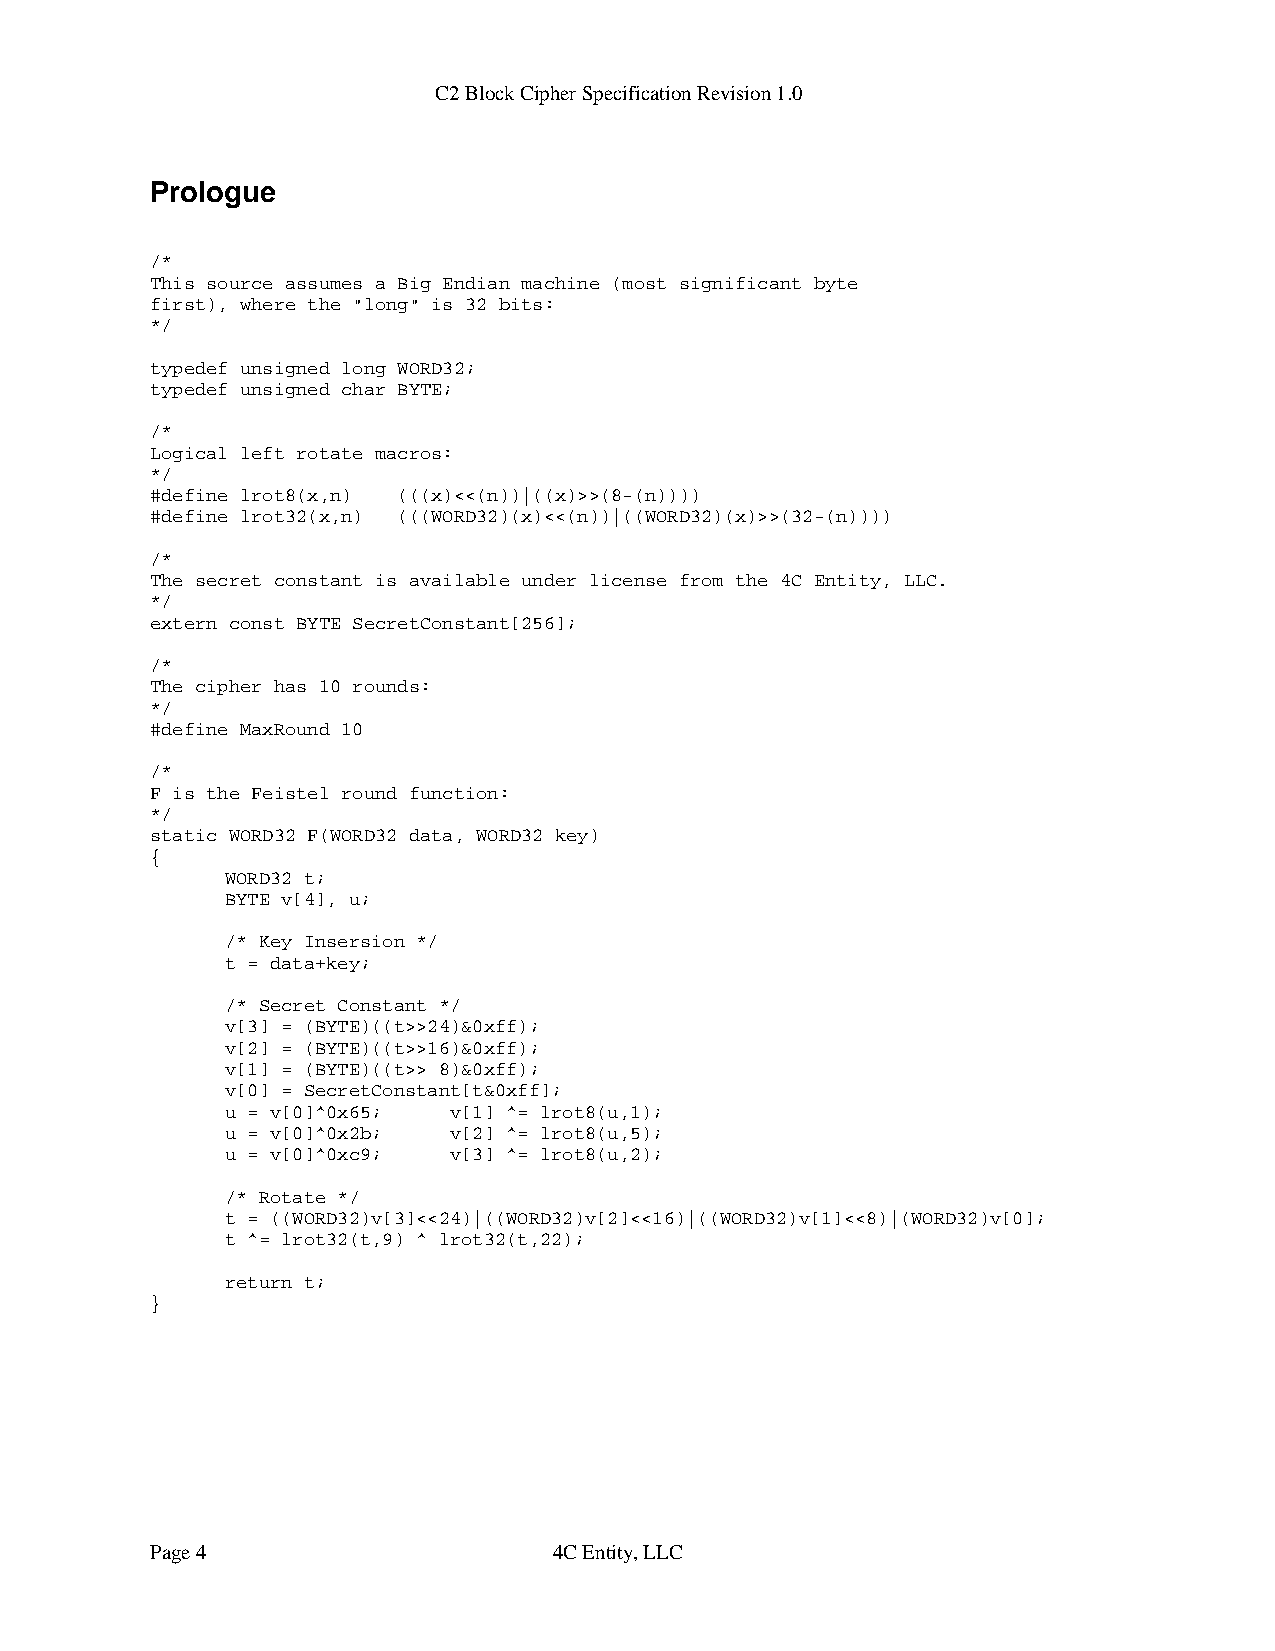
C2 Block Cipher Specification Revision 1.0
 Prologue
 /*
 This source assumes a Big Endian machine (most significant byte
 first), where the "long" is 32 bits:
 */
 typedef unsigned long WORD32;
 typedef unsigned char BYTE;
 /*
 Logical left rotate macros:
 */
 #define lrot8(x,n) (((x)<<(n))|((x)>>(8-(n))))
 #define lrot32(x,n) (((WORD32)(x)<<(n))|((WORD32)(x)>>(32-(n))))
 /*
 The secret constant is available under license from the 4C Entity, LLC.
 */
 extern const BYTE SecretConstant[256];
 /*
 The cipher has 10 rounds:
 */
 #define MaxRound 10
 /*
 F is the Feistel round function:
 */
 static WORD32 F(WORD32 data, WORD32 key)
 {
 WORD32 t;
 BYTE v[4], u;
 /* Key Insersion */
 t = data+key;
 /* Secret Constant */
 v[3] = (BYTE)((t>>24)&0xff);
 v[2] = (BYTE)((t>>16)&0xff);
 v[1] = (BYTE)((t>> 8)&0xff);
 v[0] = SecretConstant[t&0xff];
 u = v[0]^0x65; v[1] ^= lrot8(u,1);
 u = v[0]^0x2b; v[2] ^= lrot8(u,5);
 u = v[0]^0xc9; v[3] ^= lrot8(u,2);
 /* Rotate */
 t = ((WORD32)v[3]<<24)|((WORD32)v[2]<<16)|((WORD32)v[1]<<8)|(WORD32)v[0];
 t ^= lrot32(t,9) ^ lrot32(t,22);
 return t;
 }
 Page 4                     4C Entity, LLC